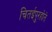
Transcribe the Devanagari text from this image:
चितईपुरहोते